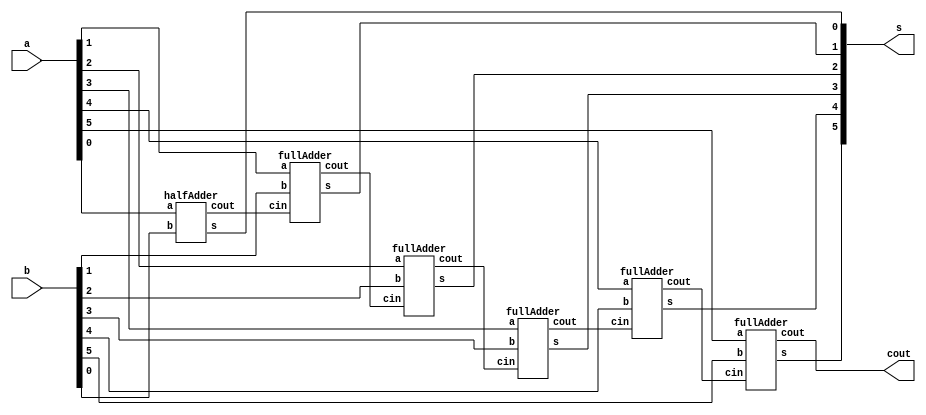

// ------------------------- 
// Exemplo0031 - FULL ADDER AND SUBSTRACTOR 
// Nome: Thaise Souto Martins	 
// ------------------------- 
// ------------------------- 
// full adder & subtractor
// ------------------------- 


module Exercicio03(cout, s, a, b);
//-----definir dados
	output[5:0] s;
	output cout;
	input[5:0] a, b;
	wire fio1, fio2, fio3,fio4,fio5;

	halfAdder HALFADDER1(fio1, s[0], a[0], b[0]);
	fullAdder FULLADDER1(fio2, s[1], fio1, a[1], b[1]);
	fullAdder FULLADDER2(fio3, s[2], fio2, a[2], b[2]);
	fullAdder FULLADDER3(fio4, s[3], fio3, a[3], b[3]);
	fullAdder FULLADDER4(fio5, s[4], fio4, a[4], b[4]);
	fullAdder FULLADDER5(cout, s[5], fio5, a[5], b[5]);
	
endmodule// fim exercicio03

module fullAdder(cout, s, cin, a, b);
	output cout, s;
	input cin, a, b;
	wire fio1, fio2, fio3;
	halfAdder HALFADDER1(fio2, fio1, a, b);
	halfAdder HALFADDER2(fio3, s, fio1, cin);
	or OR1(cout, fio3, fio2);
endmodule // fim full adder

module halfAdder(cout, s, a, b);
	output cout, s;
	input a, b;
	xor XOR1(s, a, b);
	and AND1(cout, a, b);
endmodule //fim half adder 

module incrementar(input[5:0] a, output[5:0] s);
xor xOr01(s[0],a[0],1);
xor xOr02(s[1],a[1]);
xor xOr03(s[2],a[2]);
xor xOr04(s[3],a[3]);
xor xOr05(s[4],a[4]);
xor xOr06(s[5],a[5]);
endmodule

module testeExercicio03;
	reg[5:0] a, b;
	wire[5:0] s,s2;
	wire cout;
	
	Exercicio03 FULL(cout, s, a, b);
	incrementar Inc(s,s2);
	
	initial begin
	
	a=101101;
	b=010010;
	
	$display("Exercicio 03 - Thaise Souto - 395504");
	$display("Incremento de 1");
	#1 $display(" %b +- %b = %b  %b",a,b,s,cout);
	#1 $display("incremento de 1 = %b",s2);
   a=111101;
	b=000110;
	#1 $display(" %b +- %b = %b  %b",a,b,s,cout);
	#1 $display("incremento de 1 = %b",s2);
   a=100001;
	b=010011;
	#1 $display(" %b +- %b = %b  %b",a,b,s,cout);
	#1 $display("incremento de 1 = %b",s2);
		
	end
	endmodule//---- fim exercicio01